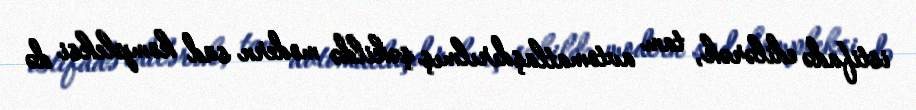
istifadə edilərək, tam avtomatlaşdırılmış şəkildə modern süd kompleksi də